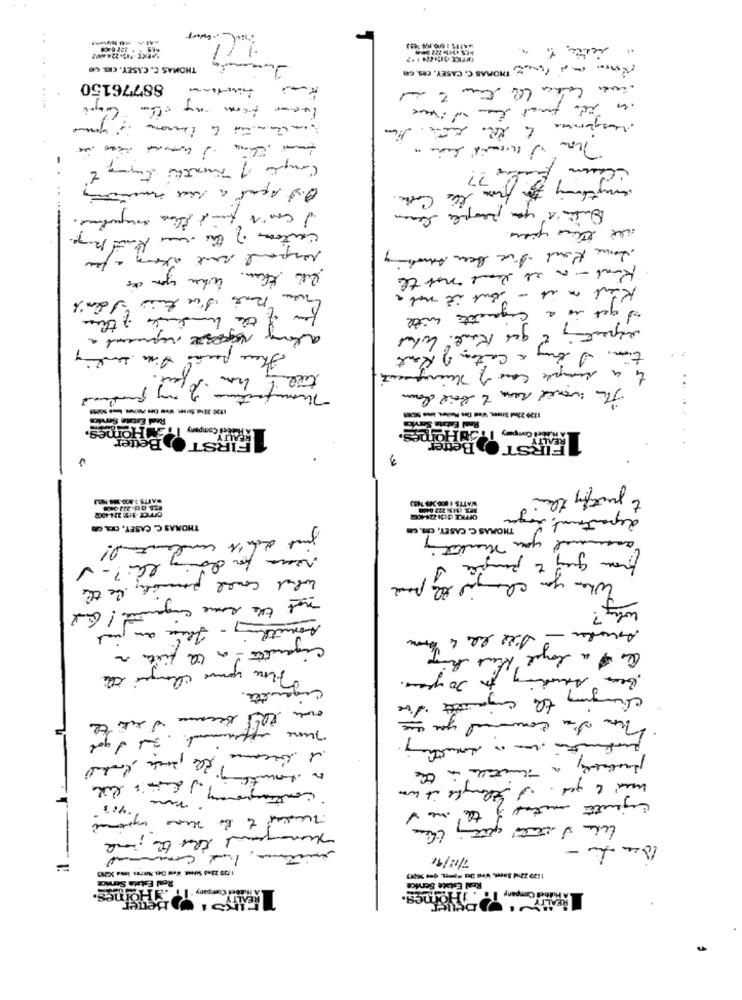
2+RICE -12-224-4M2
dorado
THOMAS C. CASEY, CRS. CO
, THOMAS C. CASEY. CRS. cm)
88776150
....
-.
anything for
the Colle.
Que's you people live
.....
respond sent ation
Anna Kond I've been Aring
le kein when you de
Road - or at least not the
Kind a it - but it not a
the hundreds of them
get is a cigarette with
t que Rot.
there partes fim sending
a Carton of Rent
a simple case of Thingest
..
This world rean to boil down
----------
Real Estate Service
Homes.
tech Company
1FIRST OPHe
FIRST Better
to justify their
WATTS 1 8:0 349 1483
OFFICE ($154224-4002
department is
THOMAS C. CASEY, CES, CO
THOMAS C. CASEY, CES. Gm
just don't understand!
from guy to people
When you changed the pace
what could pocity be the
not the same engente! God
why?
Amething - faire an just
cigarette - or the filter a
Os a loyal het king
For your change the
20 years.
cigarette.
changing the conjunto
how I'm courriel you.
on this became I like the
Those offerment. But I got
1 become.
probably a Thetable in the
hund t get . I thought it was
7/13/91
=
Hoines.
Real Estate Service
Real Estate Service
it'smes.